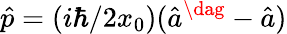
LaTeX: \hat{p}=(i\hbar/2x_{0})(\hat{a}^{\dag}-\hat{a})